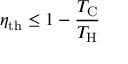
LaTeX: \eta _ { \mathrm { { t h } } } \leq 1 - { \frac { T _ { \mathrm { { C } } } } { T _ { \mathrm { { H } } } } }